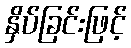
နှိပ်ခြင်းဖြင့်